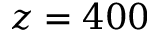
z = 4 0 0